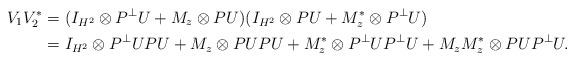
LaTeX: \begin{align*}V_1 V_2^* & = (I_{H^2}\otimes P^\perp U+ M_z\otimes PU)(I_{H^2} \otimes P U + M_z^*\otimes P^\perp U) \\& = I_{H^2} \otimes {P^\perp}U P U + M_z \otimes P U P U+ M_z^*\otimes {P^\perp}U{P^\perp}U + M_z M_z^* \otimes P U {P^\perp} U .\end{align*}